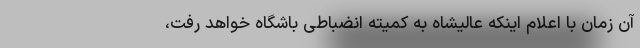
آن زمان با اعلام اینکه عالیشاه به کمیته انضباطی باشگاه خواهد رفت،